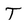
Character: T